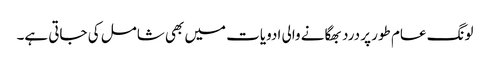
لونگ عام طور پر درد بھگانے والی ادویات میں بھی شامل کی جاتی ہے۔